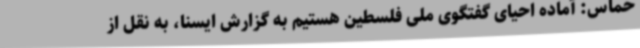
حماس: آماده احیای گفتگوی ملی فلسطین هستیم به گزارش ایسنا، به نقل از